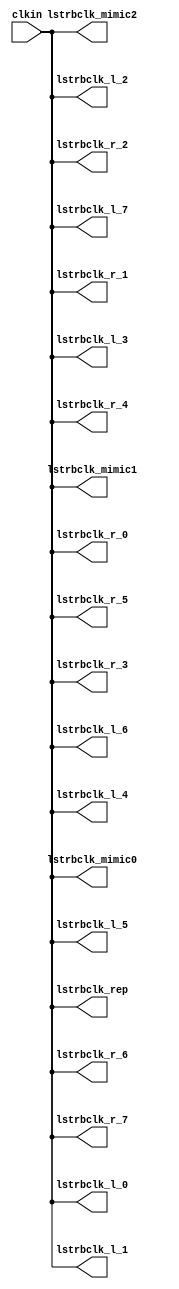
// SPDX-License-Identifier: Apache-2.0
// Copyright (C) 2019 Intel Corporation. All rights reserved
//------------------------------------------------------------------------
//
// Revision:    $Revision: #6 $
//------------------------------------------------------------------------
// Description: skew-matched clock distribution network
//------------------------------------------------------------------------

module aibnd_clktree_avmm 
#(
parameter SKEW_DELAY     = 60   //min:20ps; typ :60ps; max:100ps
)
(
   input  wire         clkin,                   //clock source
   output wire 	       lstrbclk_l_0, 	        //buffered clock
   output wire         lstrbclk_l_1,            //buffered clock
   output wire         lstrbclk_l_2,            //buffered clock
   output wire         lstrbclk_l_3,            //buffered clock
   output wire         lstrbclk_l_4,            //buffered clock
   output wire         lstrbclk_l_5,            //buffered clock
   output wire         lstrbclk_l_6,            //buffered clock
   output wire         lstrbclk_l_7,            //buffered clock
   output wire         lstrbclk_r_0,            //buffered clock
   output wire         lstrbclk_r_1,            //buffered clock
   output wire         lstrbclk_r_2,            //buffered clock
   output wire         lstrbclk_r_3,            //buffered clock
   output wire         lstrbclk_r_4,            //buffered clock
   output wire         lstrbclk_r_5,            //buffered clock
   output wire         lstrbclk_r_6,            //buffered clock
   output wire         lstrbclk_r_7,            //buffered clock
   output wire         lstrbclk_rep, 	        //replica for DLL
   output wire         lstrbclk_mimic0,         //mimic path for load matching
   output wire         lstrbclk_mimic1,         //mimic path for load matching   
   output wire         lstrbclk_mimic2          //mimic path for load matching
);

`ifdef TIMESCALE_EN
  timeunit 1ps;
  timeprecision 1ps;
`endif
  
                assign #SKEW_DELAY lstrbclk_l_0 = clkin;
                assign #SKEW_DELAY lstrbclk_l_1 = clkin;
                assign #SKEW_DELAY lstrbclk_l_2 = clkin;
                assign #SKEW_DELAY lstrbclk_l_3 = clkin;
                assign #SKEW_DELAY lstrbclk_l_4 = clkin;
                assign #SKEW_DELAY lstrbclk_l_5 = clkin;
                assign #SKEW_DELAY lstrbclk_l_6 = clkin;
                assign #SKEW_DELAY lstrbclk_l_7 = clkin;
                assign #SKEW_DELAY lstrbclk_r_0 = clkin;
                assign #SKEW_DELAY lstrbclk_r_1 = clkin;
                assign #SKEW_DELAY lstrbclk_r_2 = clkin;
                assign #SKEW_DELAY lstrbclk_r_3 = clkin;
                assign #SKEW_DELAY lstrbclk_r_4 = clkin;
                assign #SKEW_DELAY lstrbclk_r_5 = clkin;
                assign #SKEW_DELAY lstrbclk_r_6 = clkin;
                assign #SKEW_DELAY lstrbclk_r_7 = clkin;
                assign #SKEW_DELAY lstrbclk_rep = clkin;
                assign #SKEW_DELAY lstrbclk_mimic0 = clkin;
                assign #SKEW_DELAY lstrbclk_mimic1 = clkin;
                assign #SKEW_DELAY lstrbclk_mimic2 = clkin;

endmodule // aibnd_clktree_avmm